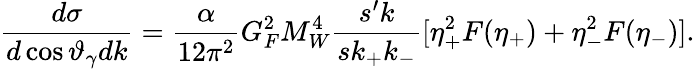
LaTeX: {\frac{d\sigma}{d\cos\vartheta_{\gamma}dk}}={\frac{\alpha}{12\pi^{2}}}G_{F}^{2}M_{W}^{4}{\frac{s^{\prime}k}{sk_{+}k_{-}}}[\eta_{+}^{2}F(\eta_{+})+\eta_{-}^{2}F(\eta_{-})].